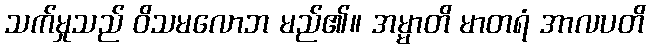
သက်မှုသည် ဝိသမလောဘ မည်၏။ အမ္မာတိ မာတရံ အာလပတိ